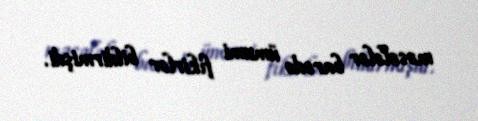
məsələlər barədə ümumi fikirlər bildirmişdi.